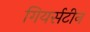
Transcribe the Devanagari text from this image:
गियर्सटीन